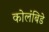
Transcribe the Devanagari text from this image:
कोलंबिडे